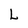
Character: L